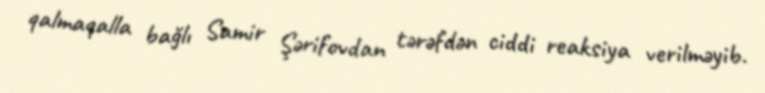
qalmaqalla bağlı Samir Şərifovdan tərəfdən ciddi reaksiya verilməyib.